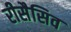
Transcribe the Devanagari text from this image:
रीसैसिव